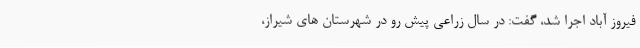
فیروز آباد اجرا شد، گفت: در سال زراعی پیش رو در شهرستان های شیراز،